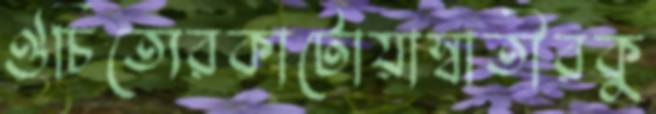
ঔচিত্যেরকাটোয়াস্বাতীরকু